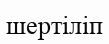
шертіліп